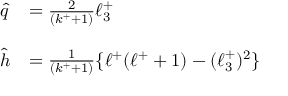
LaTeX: \begin{array} { l l } { { \hat { q } } } & { { = \frac { 2 } { ( k ^ { + } + 1 ) } \ell _ { 3 } ^ { + } } } \\ { { } } & { { } } \\ { { \hat { h } } } & { { = \frac { 1 } { ( k ^ { + } + 1 ) } \{ \ell ^ { + } ( \ell ^ { + } + 1 ) - ( \ell _ { 3 } ^ { + } ) ^ { 2 } \} } } \end{array}